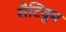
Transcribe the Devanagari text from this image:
सैटिवुम